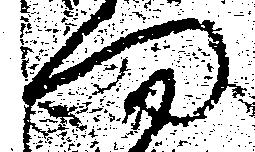
門